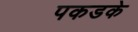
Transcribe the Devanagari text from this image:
पकडके